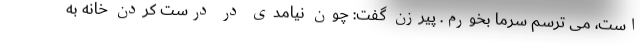
است، می ترسم سرما بخورم. پیرزن گفت: چون نیامدی در درست کردن خانه به